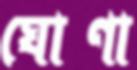
ঘোণা